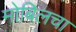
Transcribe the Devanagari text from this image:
मोबिलचा